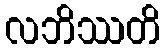
လဘိဿတိ